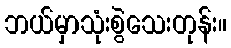
ဘယ်မှာသုံးစွဲသေးတုန်း။